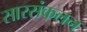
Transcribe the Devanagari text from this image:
सारसंकलन